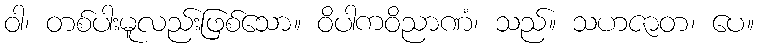
ဝါ၊ တစ်ပါးမူလည်းဖြစ်သော။ ဝိပါကဝိညာဏံ၊ သည်။ သဟဇာတ၊ ပေ။